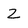
Character: Z